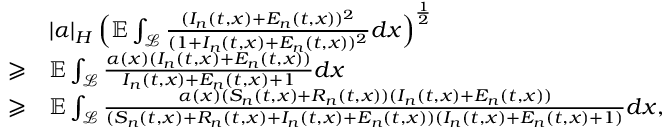
\begin{array} { r l } & { \left| \alpha \right| _ { H } \Bigl ( \mathbb { E } \int _ { \mathcal { L } } \frac { ( I _ { n } ( t , x ) + E _ { n } ( t , x ) ) ^ { 2 } } { ( 1 + I _ { n } ( t , x ) + E _ { n } ( t , x ) ) ^ { 2 } } d x \Bigr ) ^ { \frac { 1 } { 2 } } } \\ { \geqslant } & { \mathbb { E } \int _ { \mathcal { L } } \frac { \alpha ( x ) ( I _ { n } ( t , x ) + E _ { n } ( t , x ) ) } { I _ { n } ( t , x ) + E _ { n } ( t , x ) + 1 } d x } \\ { \geqslant } & { \mathbb { E } \int _ { \mathcal { L } } \frac { \alpha ( x ) ( S _ { n } ( t , x ) + R _ { n } ( t , x ) ) ( I _ { n } ( t , x ) + E _ { n } ( t , x ) ) } { ( S _ { n } ( t , x ) + R _ { n } ( t , x ) + I _ { n } ( t , x ) + E _ { n } ( t , x ) ) ( I _ { n } ( t , x ) + E _ { n } ( t , x ) + 1 ) } d x , } \end{array}